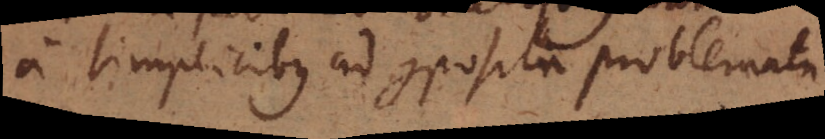
a simplicibus ad composita problemata